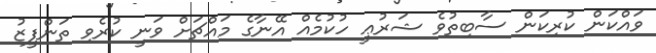
ވައްކަން ކުރިކަން ސާބިތުވެ ޝަރުޢީ ހުކުމެއް އޭނާގެ މައްޗަށް ވަނީ ކުރެވި ތަންފީޒު